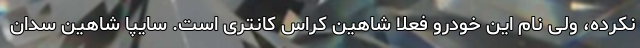
نکرده، ولی نام این خودرو فعلا شاهین کراس کانتری است. سایپا شاهین سدان